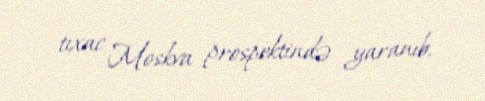
tıxac Moskva prospektində yaranıb.